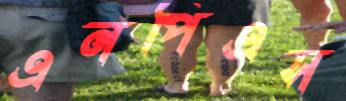
এনপিএস